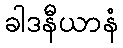
ခါဒနီယာနံ